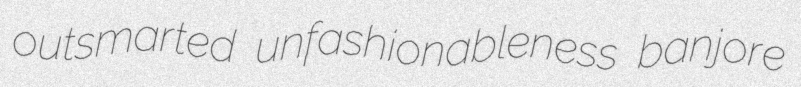
outsmarted unfashionableness banjore